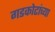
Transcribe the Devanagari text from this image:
गडकोटांच्या